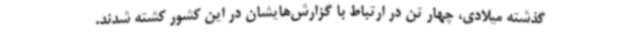
گذشته میلادی، چهار تن در ارتباط با گزارش‌هایشان در این کشور کشته شدند.